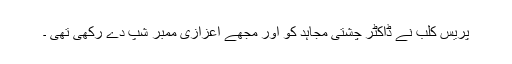
پریس کلب نے ڈاکٹر چشتی مجاہد کو اور مجھے اعزازی ممبر شپ دے رکھی تھی ۔